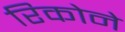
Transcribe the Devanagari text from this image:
रिकोने